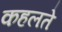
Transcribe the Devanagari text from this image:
कहलते